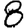
Digit: 8